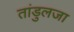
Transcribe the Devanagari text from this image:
तांडुलजा